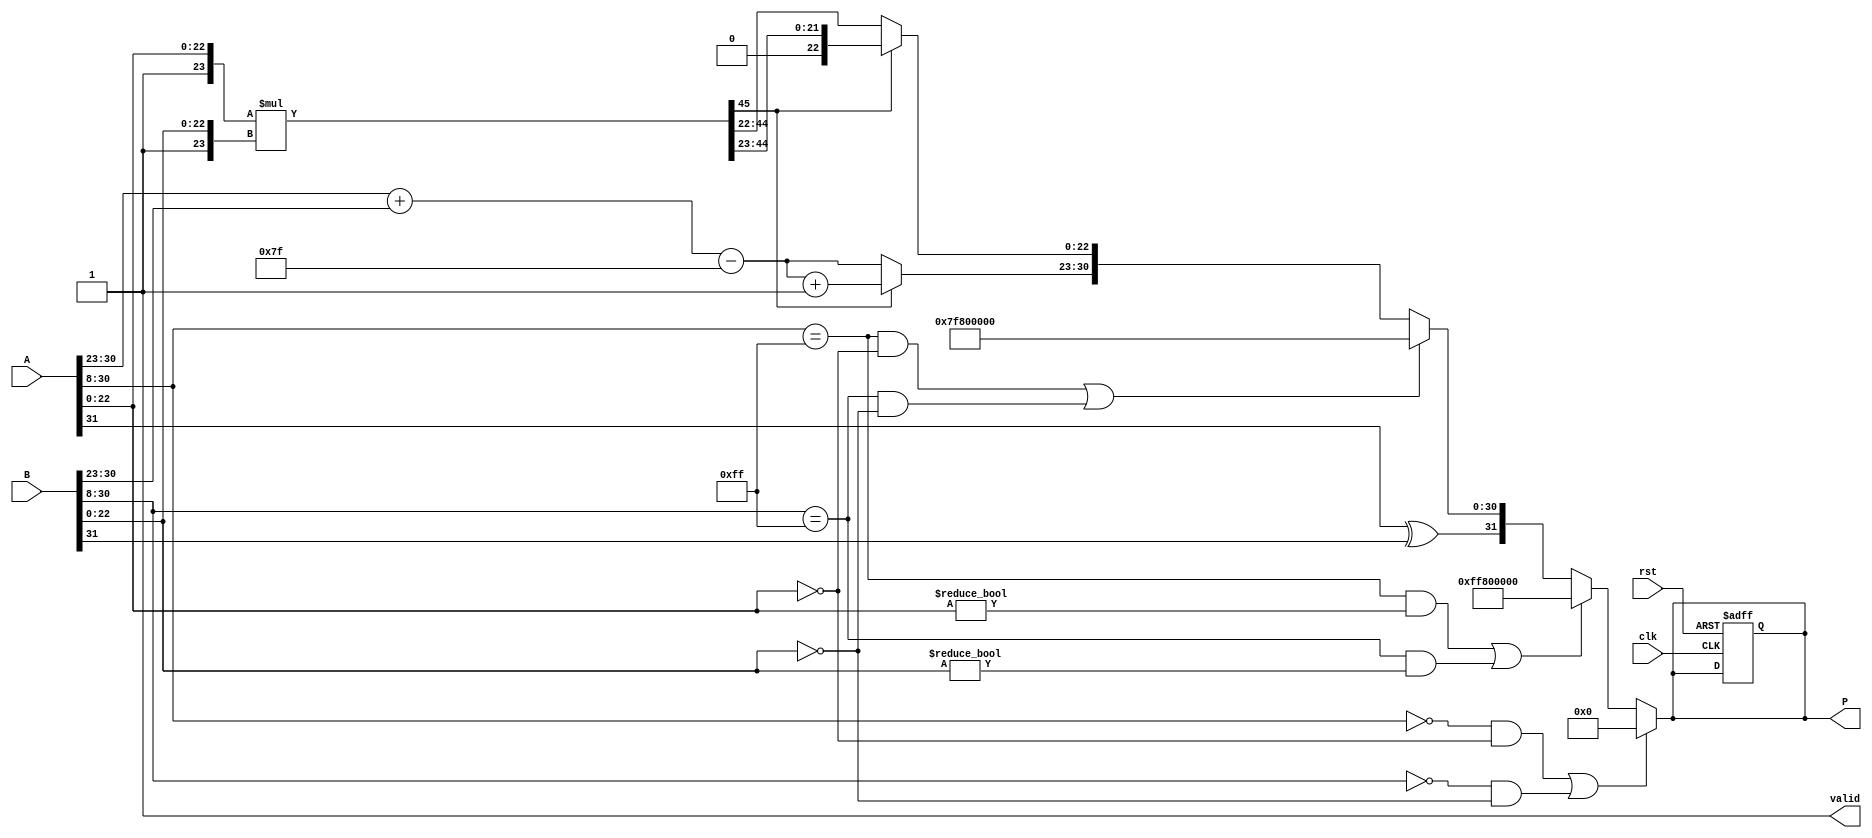
module floating_point_multiplier #(
    parameter E = 8, // Number of exponent bits
    parameter M = 23, // Number of mantissa bits
    parameter BIAS = 127 // Bias for the exponent
)(
    input wire clk,
    input wire rst,
    input wire [E + M:0] A, // A = sign (1) + exponent (E) + mantissa (M)
    input wire [E + M:0] B, // B = sign (1) + exponent (E) + mantissa (M)
    output reg [E + M:0] P, // P = sign (1) + exponent (E) + mantissa (M)
    output reg valid // Indicate when the output is valid
);

    // Internal signals
    wire sign_A = A[E + M]; // Sign bit of A
    wire sign_B = B[E + M]; // Sign bit of B
    wire [E - 1:0] exp_A = A[E + M - 1:E + M - E]; // Exponent of A
    wire [E - 1:0] exp_B = B[E + M - 1:E + M - E]; // Exponent of B
    wire [M - 1:0] mant_A = A[M - 1:0]; // Mantissa of A
    wire [M - 1:0] mant_B = B[M - 1:0]; // Mantissa of B

    wire sign_product = sign_A ^ sign_B; // Sign of the product
    wire [E:0] exp_product; // Exponent of the product
    wire [2*M - 1:0] mant_product; // Product of mantissas
    wire [E:0] exp_adjusted; // Adjusted exponent after normalization
    wire [M:0] mant_normalized; // Normalized mantissa

    // Handle special cases
    wire is_zero_A = (A[E + M - 1:E] == 0) && (A[M - 1:0] == 0);
    wire is_zero_B = (B[E + M - 1:E] == 0) && (B[M - 1:0] == 0);
    wire is_nan_A = (A[E + M - 1:E] == {E{1'b1}}) && (A[M - 1:0] != 0);
    wire is_nan_B = (B[E + M - 1:E] == {E{1'b1}}) && (B[M - 1:0] != 0);
    wire is_inf_A = (A[E + M - 1:E] == {E{1'b1}}) && (A[M - 1:0] == 0);
    wire is_inf_B = (B[E + M - 1:E] == {E{1'b1}}) && (B[M - 1:0] == 0);

    // Compute the product of the mantissas
    assign mant_product = {1'b1, mant_A} * {1'b1, mant_B}; // Include implicit leading 1

    // Exponent calculation
    assign exp_product = exp_A + exp_B - BIAS;

    // Normalization logic
    always @(*) begin
        if (is_zero_A || is_zero_B) begin
            P <= 0; // Result is zero
            valid <= 1;
        end else if (is_nan_A || is_nan_B) begin
            P <= {1'b1, {E{1'b1}}, {M{1'b0}}}; // NaN representation
            valid <= 1;
        end else if (is_inf_A || is_inf_B) begin
            P <= {sign_product, {E{1'b1}}, {M{1'b0}}}; // Infinity representation
            valid <= 1;
        end else begin
            // Normalization
            if (mant_product[2*M - 1]) begin // If the result is greater than 2
                mant_normalized = mant_product[2*M - 2:M]; // Shift right
                exp_adjusted = exp_product + 1; // Increase exponent
            end else begin
                mant_normalized = mant_product[2*M - 2:M - 1]; // Keep as is
                exp_adjusted = exp_product; // No change to exponent
            end

            // Rounding (simple round to nearest)
            if (mant_normalized[M] == 1) begin
                mant_normalized[M - 1:M] = mant_normalized[M - 1:M] + 1; // Round up
            end

            // Construct final output
            P <= {sign_product, exp_adjusted[E - 1:0], mant_normalized[M - 1:0]};
            valid <= 1;
        end
    end

    // Reset logic
    always @(posedge clk or posedge rst) begin
        if (rst) begin
            P <= 0;
            valid <= 0;
        end
    end

endmodule